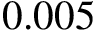
0 . 0 0 5